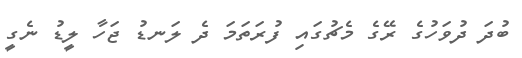
ބުދަ ދުވަހުގެ ރޭގެ މެޗުގައި ފުރަތަމަ ދެ ލަނޑު ޖަހާ ލީޑު ނެގީ